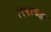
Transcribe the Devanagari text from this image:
१९५४च्या